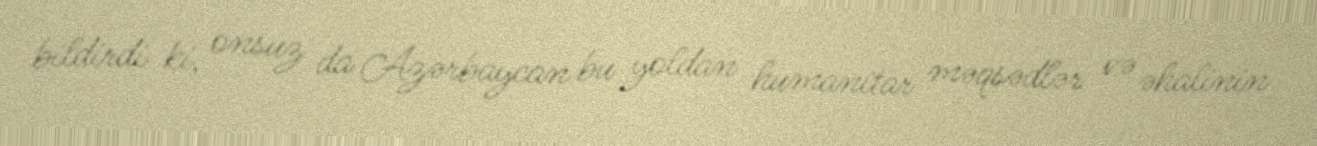
bildirdi ki, onsuz da Azərbaycan bu yoldan humanitar məqsədlər və əhalinin